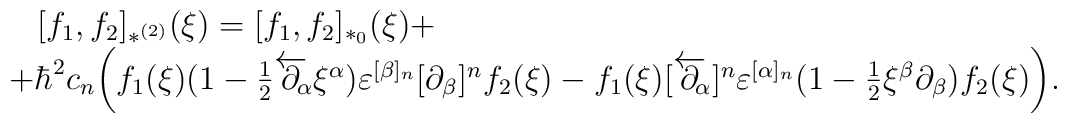
\begin{array}{l}\,\,\,\,\,[f_1,f_2]_{*^{(2)}}(\xi)=[f_1,f_2]_{*_0}(\xi)+ \\+\hbar^2c_n\biggl(f_1(\xi)(1-{1\over2}\overleftarrow\partial\!\!_\alpha\xi^\alpha)\varepsilon^{[\beta]_n}[\partial_\beta]^nf_2(\xi)-f_1(\xi)[\overleftarrow\partial\!\!_\alpha]^n\varepsilon^{[\alpha]_n}(1-{1\over2}\xi^\beta\partial_\beta)f_2(\xi)\biggr).\end{array}